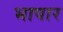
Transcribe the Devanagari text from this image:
भाषार